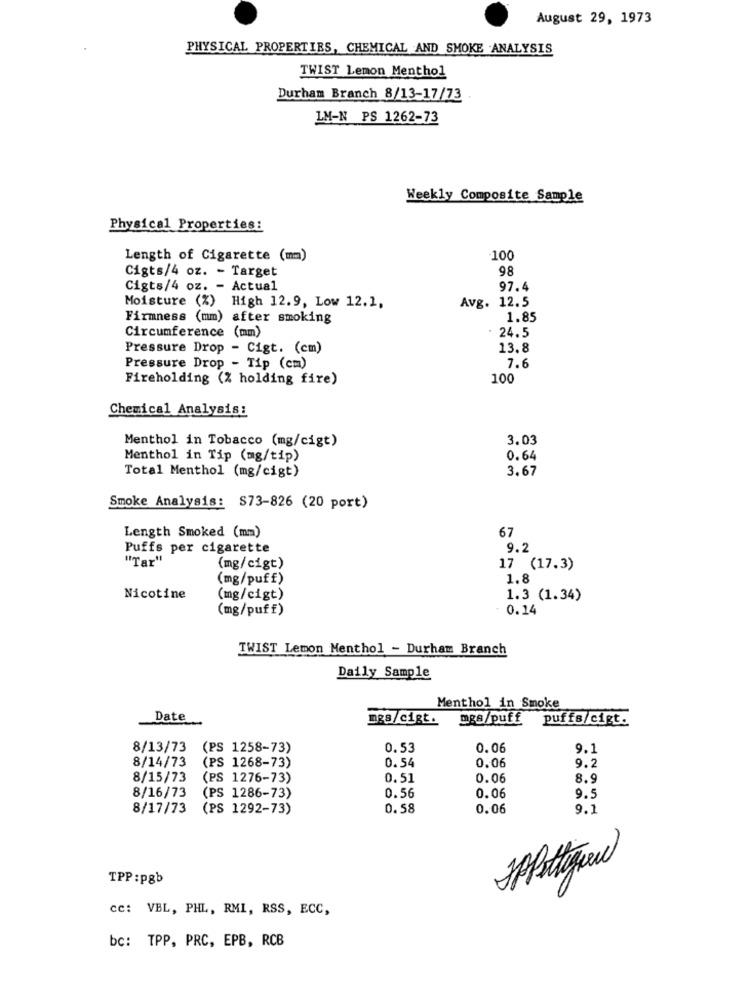
August 29, 1973
PHYSICAL PROPERTIES, CHEMICAL AND SMOKE ANALYSIS
TWIST Lemon Menthol
Durham Branch 8/13-17/73
LM-N PS 1262-73
Weekly Composite Sample
Physical Properties:
Length of Cigarette (mm)
-100
Cigts/4 oz. - Target
98
Cigts/4 oz. - Actual
97.4
Avg. 12.5
Moisture (%) High 12.9, Low 12.1.
Firmness (mm) after smoking
1.85
Circumference (mm)
24.5
Pressure Drop - Cigt. (cm)
13.8
Pressure Drop - Tip (cm)
7.6
Fireholding (% holding fire)
100
Chemical Analysis:
Menthol in Tobacco (mg/cigt)
3.03
Menthol in Tip (mg/tip)
0.64
Total Menthol (mg/cigt)
3.67
Smoke Analysis: S73-826 (20 port)
67
Length Smoked (mm)
Puffs per cigarette
9.2
"Tar"
(mg/cigt)
17 (17.3)
(mg/puff)
1.8
Nicotine
(mg/cigt)
1.3 (1.34)
(mg/puff)
0.14
TWIST Lemon Menthol - Durham Branch
Daily Sample
Menthol in Smoke
Date
mes/cigt.
mgs/puff
puffs/cigt.
8/13/73
(PS 1258-73)
0.53
0.06
9.1
8/14/73
(PS 1268-73)
0.54
0.06
9.2
8/15/73
(PS 1276-73)
0.51
0.06
8.9
8/16/73
(PS 1286-73)
0.56
0.06
9.5
8/17/73
(PS 1292-73)
0.58
0.06
9.1
HPPotteque
TPP:pgb
cc: VBL, PHL, RMI, RSS, ECC,
bc: TPP, PRC, EPB, RCB